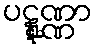
ပဋ္ဋုဏ္ဏာ